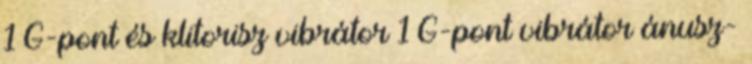
1 G-pont és klitorisz vibrátor 1 G-pont vibrátor ánusz-